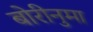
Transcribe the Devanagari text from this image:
बोरीनुमा